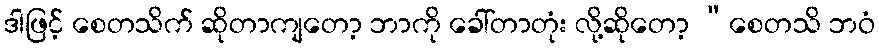
ဒါဖြင့် စေတသိက် ဆိုတာကျတော့ ဘာကို ခေါ်တာတုံး လို့ဆိုတော့ “စေတသိ ဘဝံ